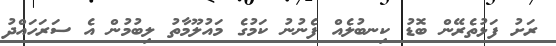
ރަށު ފަޅުތެރޭން ބޮޑު ކިނބުލެއް ފެނުނު ކަމުގެ މައުލޫމާތު ލިބުމުން އެ ސަރަހައްދު